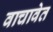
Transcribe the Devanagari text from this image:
वाचावेत